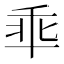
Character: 𫡙